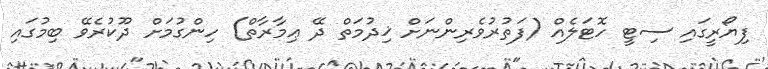
ފިޔޯރީގައި ސިޓީ ހޮޓަލެއް (ފަތުރުވެރިންނަށް ޚިދުމަތް ދޭ ޢިމާރާތް) ހިންގުމަށް ދޫކުރެވޭ ބިމުގައި